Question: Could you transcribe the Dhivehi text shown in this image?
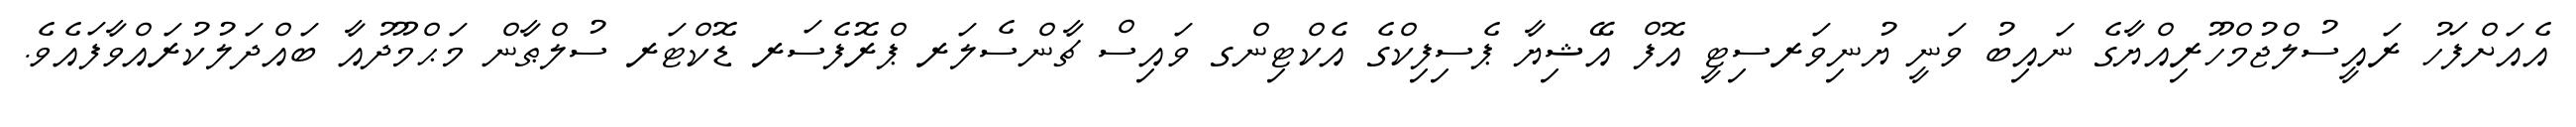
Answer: އެއަށްފަހު ރައީސުލްޖުމްހޫރިއްޔާގެ ނައިބު ވަނީ ޔުނިވަރސިޓީ އޮފް އޭޝިޔާ ޕެސިފިކްގެ އެކްޓިންގ ވައިސް ޗާންސެލަރ ޕްރޮފެސަރ ޑޮކްޓަރ ސުލްޠާން މަޙްމޫދުއާ ބައްދަލުކުރައްވާފައެވެ.